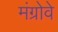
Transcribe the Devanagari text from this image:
मंग्रोवे